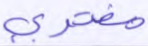
مفترى